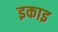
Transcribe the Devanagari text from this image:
इकाइ